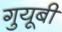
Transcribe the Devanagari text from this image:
गुयूबी